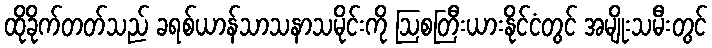
ထိုခိုက်တတ်သည် ခရစ်ယာန်သာသနာသမိုင်းကို ဩစတြီးယားနိုင်ငံတွင် အမျိုးသမီးတွင်